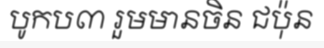
បូកប៣ រួមមានចិន ជប៉ុន